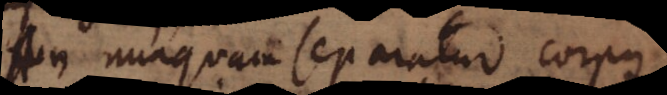
An nunquam separatur corpus